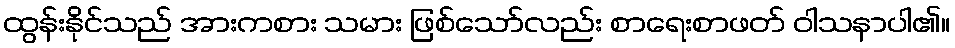
ထွန်းနိုင်သည် အားကစား သမား ဖြစ်သော်လည်း စာရေးစာဖတ် ဝါသနာပါ၏။